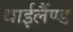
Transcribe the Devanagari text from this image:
थाईलैंण्ड